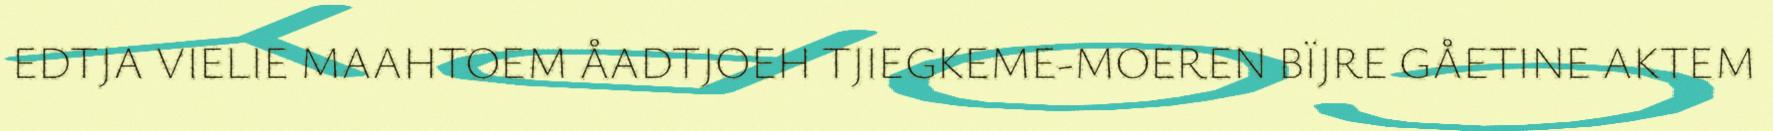
EDTJA VIELIE MAAHTOEM ÅADTJOEH TJIEGKEME-MOEREN BÏJRE GÅETINE AKTEM